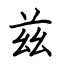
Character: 兹